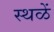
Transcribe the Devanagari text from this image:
स्थळें